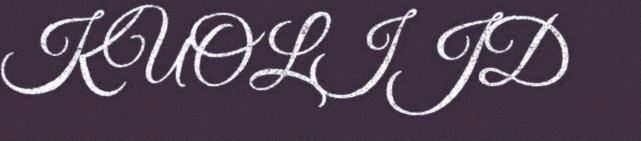
KUOLIJD